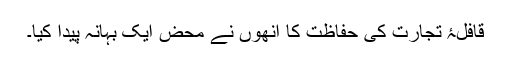
قافلۂ تجارت کی حفاظت کا انھوں نے محض ایک بہانہ پیدا کیا۔